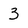
Character: 3